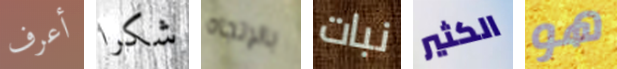
أعرف شكرا بالإتجاه نبات الكثير هو